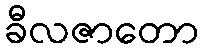
ခီလဇာတော